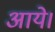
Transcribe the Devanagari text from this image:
अाये।